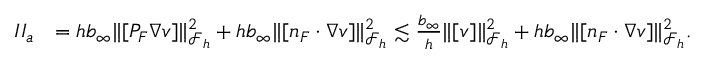
\begin{array} { r l } { I I _ { a } } & { = h b _ { \infty } \| [ P _ { F } \nabla v ] \| _ { \mathcal { F } _ { h } } ^ { 2 } + h b _ { \infty } \| [ n _ { F } \cdot \nabla v ] \| _ { \mathcal { F } _ { h } } ^ { 2 } \lesssim \frac { b _ { \infty } } { h } \| [ v ] \| _ { \mathcal { F } _ { h } } ^ { 2 } + h b _ { \infty } \| [ n _ { F } \cdot \nabla v ] \| _ { \mathcal { F } _ { h } } ^ { 2 } . } \end{array}